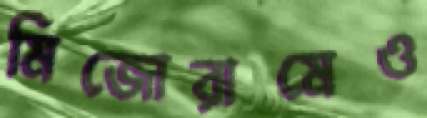
মিজোরামেও